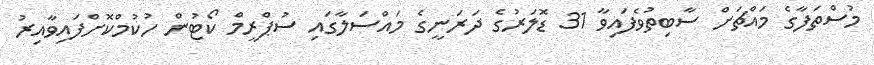
މުސްތަފާގެ މައްޗަށް ސާބިތުވެފައިވާ 31 ޑޮލަރުގެ ދަރަނީގެ މައްސަލާގައި ސުޕްރީމް ކޯޓުން ހުކުމްކޮށްފައިވާއިރު